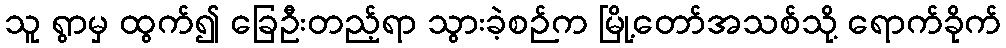
သူ ရွာမှ ထွက်၍ ခြေဦးတည့်ရာ သွားခဲ့စဉ်က မြို့တော်အသစ်သို့ ရောက်ခိုက်